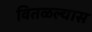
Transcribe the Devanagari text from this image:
वितळल्यास